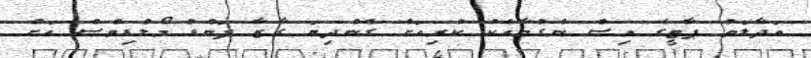
އަދާލަތު ޕާޓީގެ އިސް ނެގުމާއެކު ކުރިއަށް ގެންދިޔަ ގާޒާ ފަންޑު މޯލްޑިވްސް އަށް